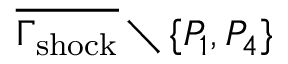
\overline { { \Gamma _ { \mathrm { { s h o c k } } } } } \setminus { \{ P _ { 1 } , P _ { 4 } \} }